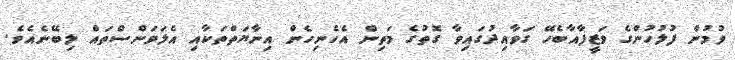
ވުމުން ފުލުހުންގެ ވަޒީފާއާބެހޭ ގަވާއިދުގައިވާ ގޮތުގެ މަތިން އެހެނިހެން އިނާޔަތްތަކާއި އެލަވަންސްތައް ލިބޭނެއެވެ.